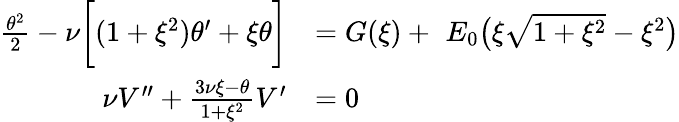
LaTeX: \begin{array}{rl}{\frac{\theta^{2}}{2}-\nu\bigg[(1+\xi^{2})\theta^{\prime}+\xi\theta\bigg]}&{=G(\xi)+\, \, {E_{0}}\big(\xi\sqrt{1+\xi^{2}}-\xi^{2}\big)}\\ {\nu V^{\prime\prime}+\frac{3\nu\xi-\theta}{1+\xi^{2}}V^{\prime}}&{=0}\end{array}